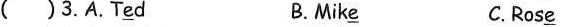
( ) 3.A.T\underline{e}d B. Mik\underline{e} C. Ros\underline{e}